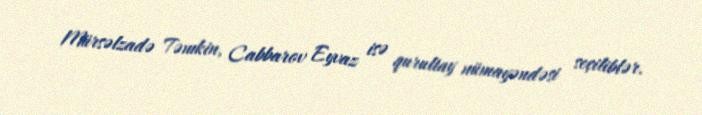
Mürsəlzadə Təmkin, Cabbarov Eyvaz isə qurultay nümayəndəsi seçiliblər.